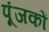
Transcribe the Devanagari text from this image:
पूंजकों